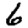
Digit: 6